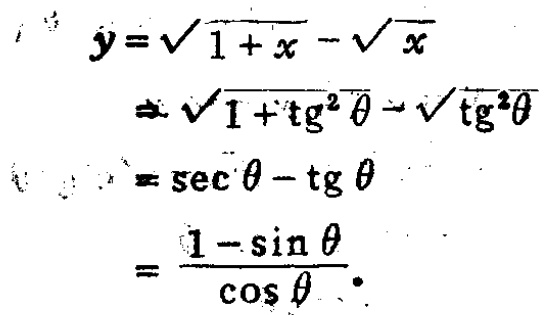
\[

\begin{align*}

y&=\sqrt{1 + x}-\sqrt{x}\\

&=\sqrt{1+\tg^{2}\theta}-\sqrt{\tg^{2}\theta}\\

&=\sec\theta-\tg\theta\\

&=\frac{1 - \sin\theta}{\cos\theta}

\end{align*}

\]